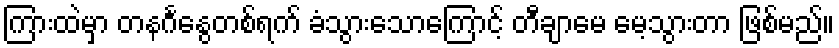
ကြားထဲမှာ တနင်္ဂနွေတစ်ရက် ခံသွားသောကြောင့် တီချာမေ မေ့သွားတာ ဖြစ်မည်။